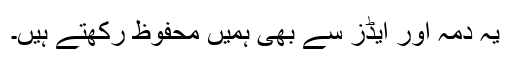
یہ دمہ اور ایڈز سے بھی ہمیں محفوظ رکھتے ہیں۔